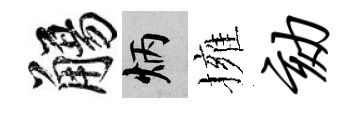
觴炳擁劾